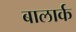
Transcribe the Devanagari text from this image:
बालार्क